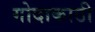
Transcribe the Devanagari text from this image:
गोदाकाठी